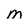
Character: m